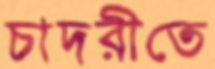
চাদরীতে